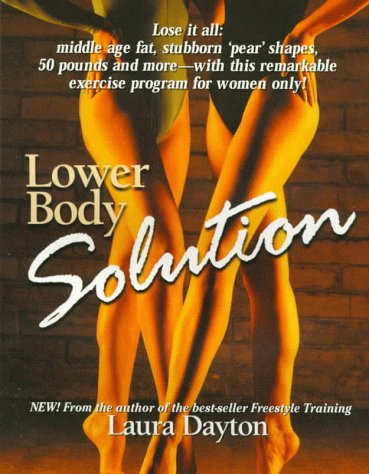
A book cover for Lower Body Solution: Shrink Your Hips, Thighs, Butt and Belly with This New Exercise Program for Women Only; Laura Dayton; Health, Fitness & Dieting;